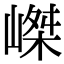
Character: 嵥